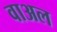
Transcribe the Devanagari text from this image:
वाअल